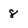
Character: 8